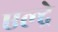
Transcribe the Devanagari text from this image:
एल्द्रे